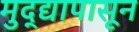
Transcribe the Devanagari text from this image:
मुद्द्यापासून